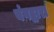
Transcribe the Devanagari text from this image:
यंगद्वारा